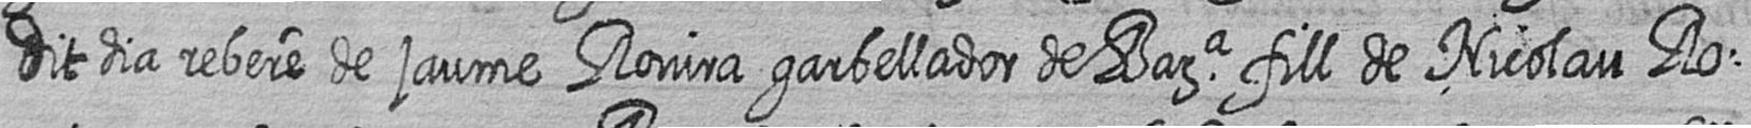
dit dia rebere de jaume Rovira garbellador de Bara fill de Nicolau Ro=